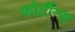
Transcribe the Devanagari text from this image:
फोर्टीन्स